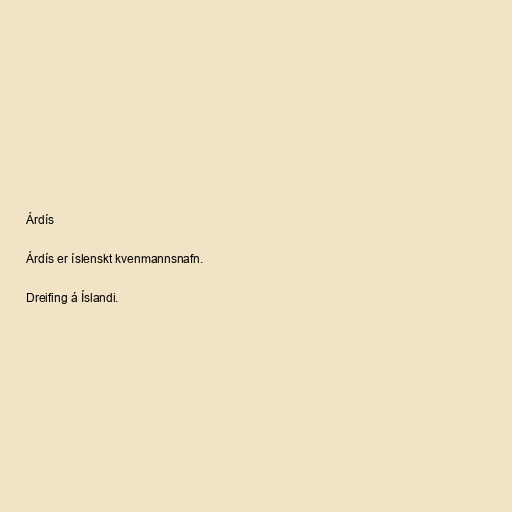
Árdís

Árdís er íslenskt kvenmannsnafn.

Dreifing á Íslandi.